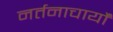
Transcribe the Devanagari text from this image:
नर्तनाचार्यों